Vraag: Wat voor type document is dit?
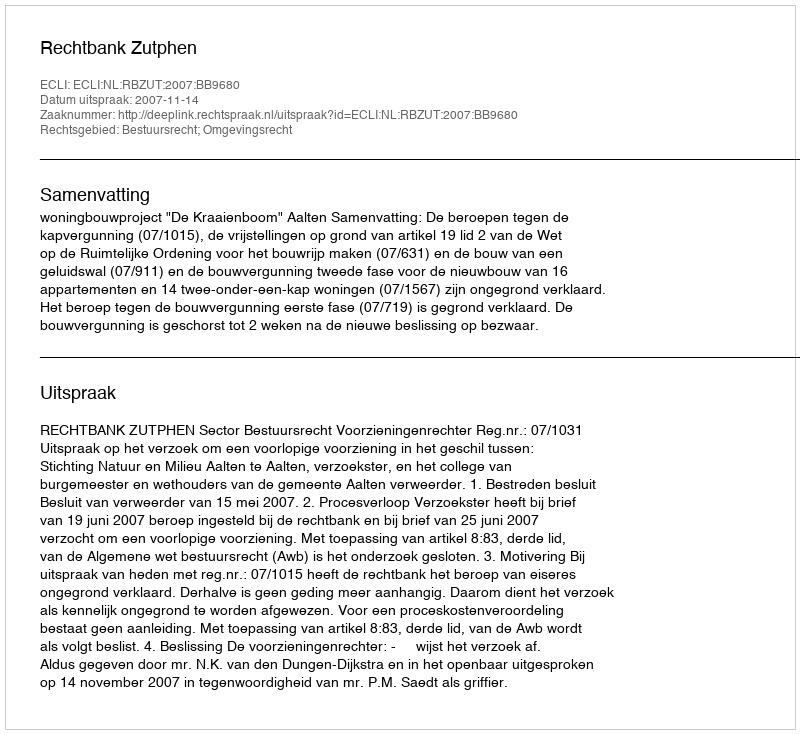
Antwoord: Uitspraak